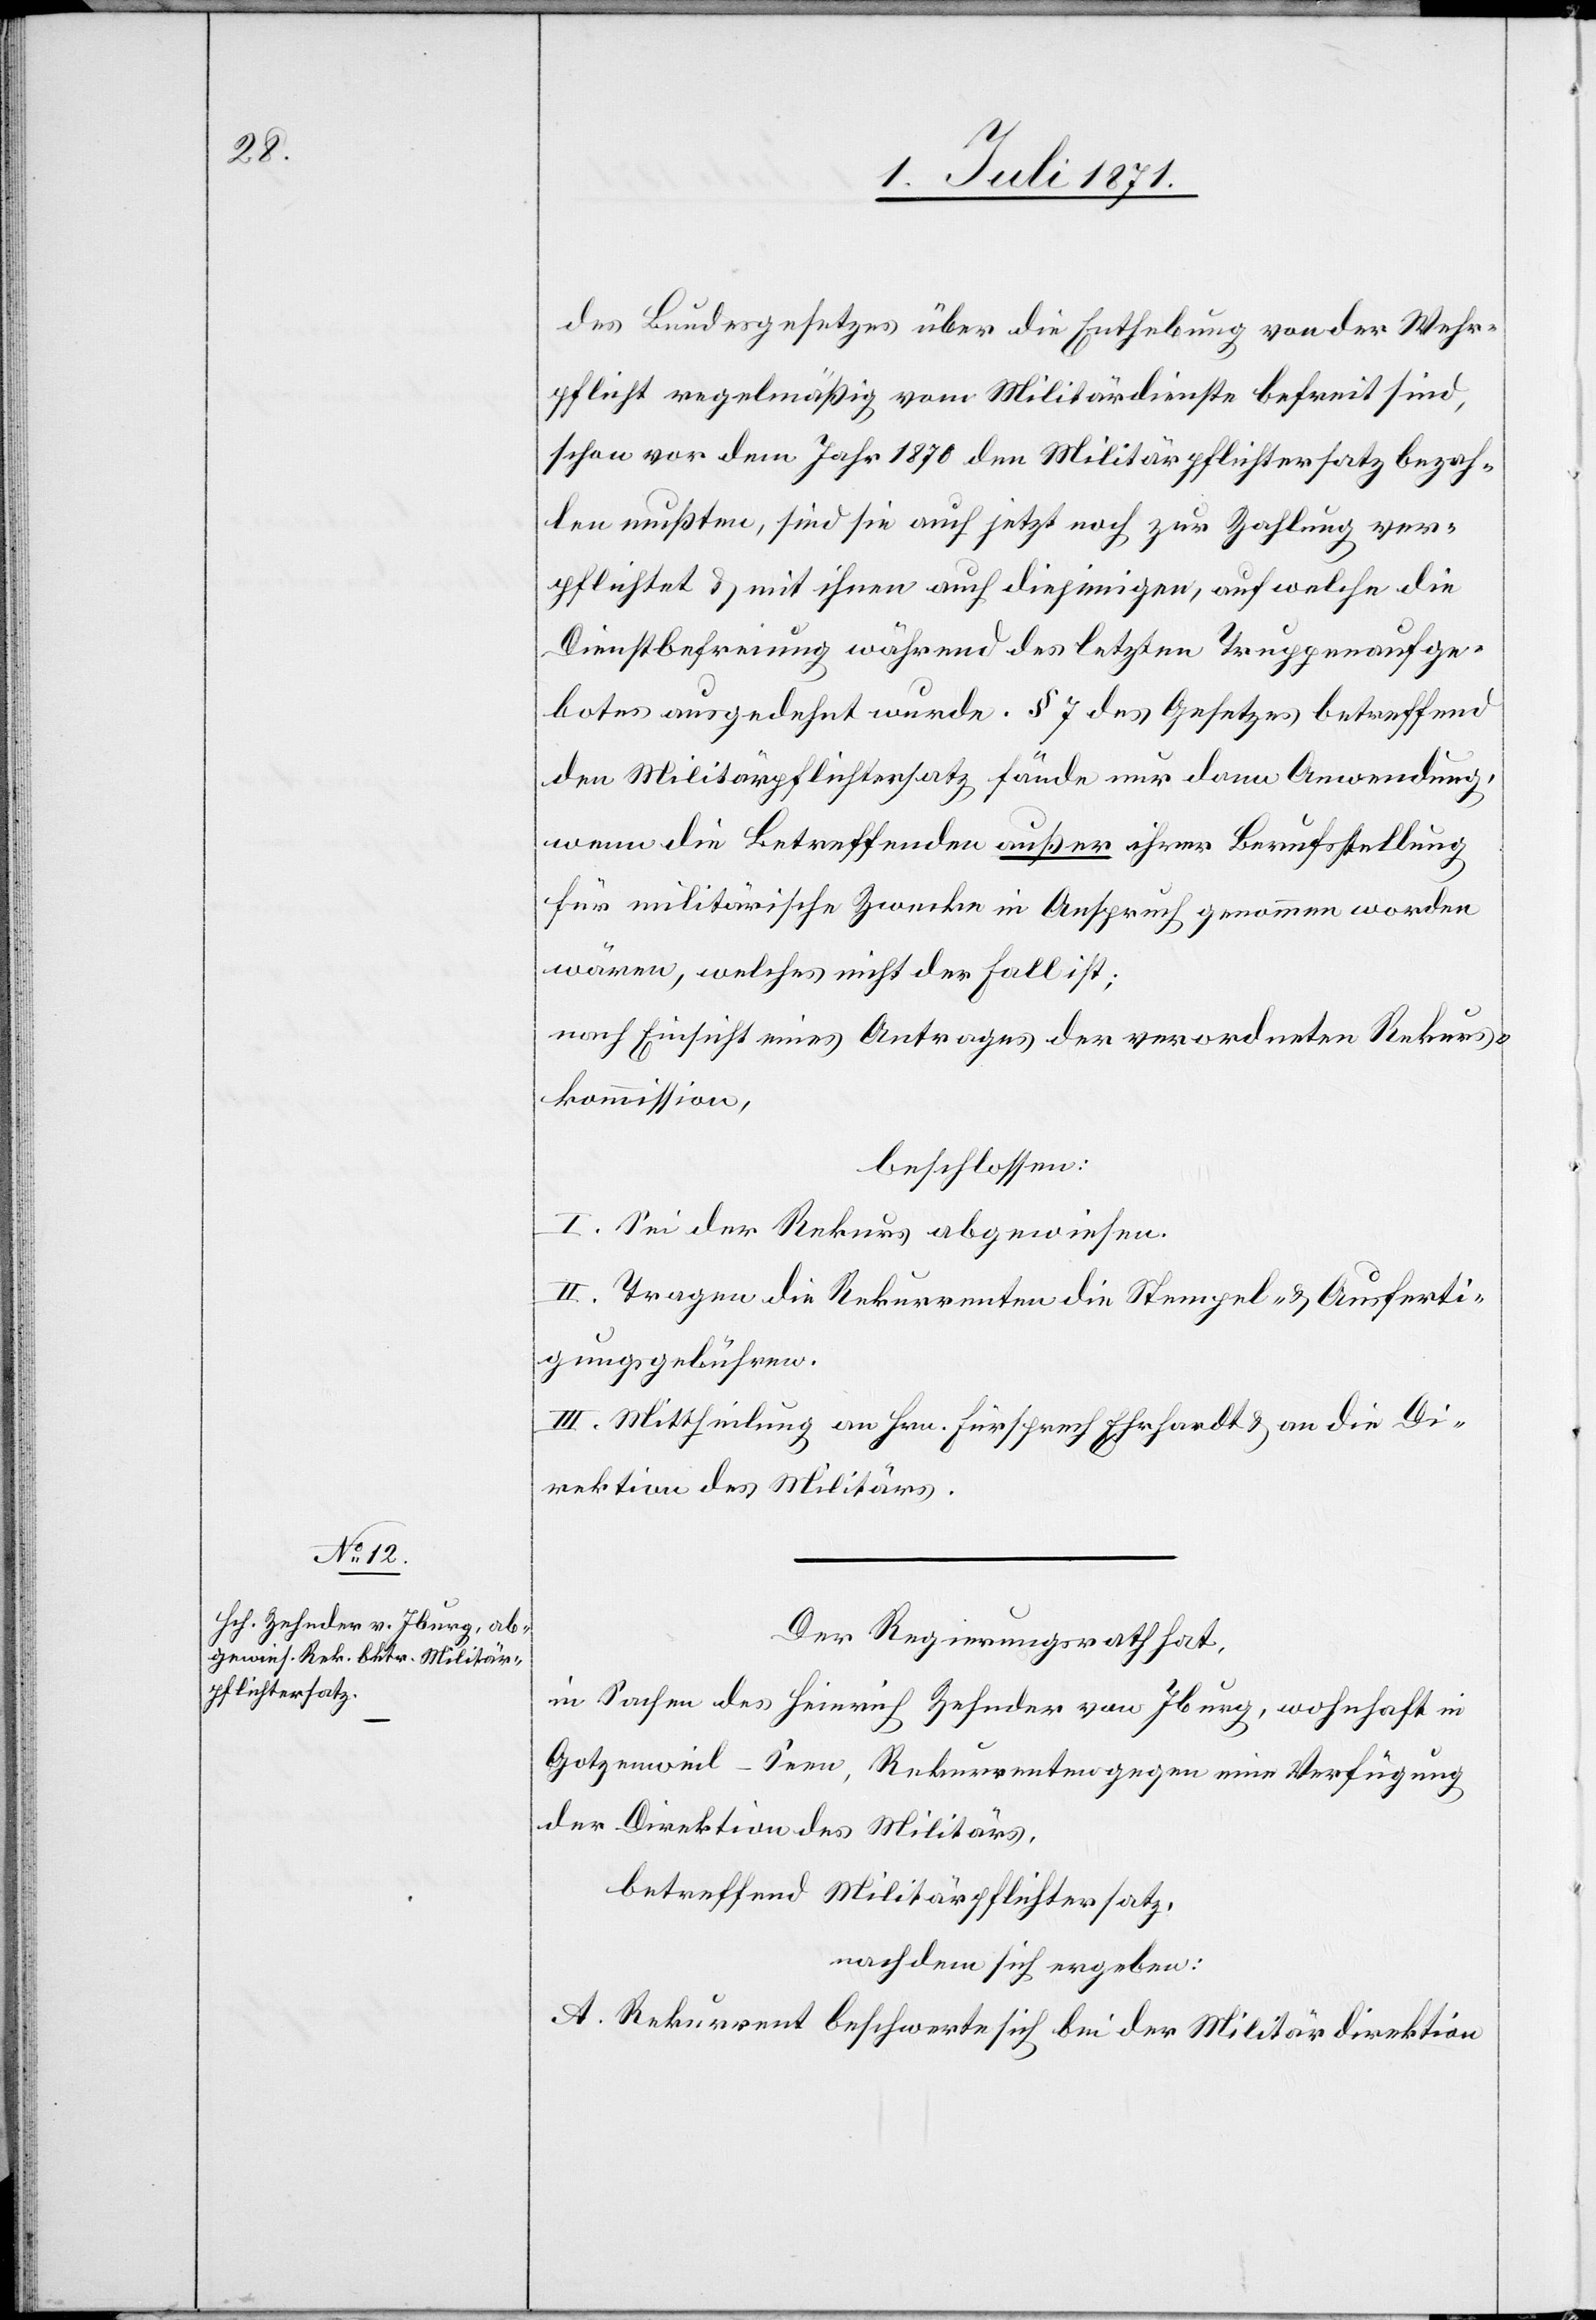
Der Regierungsrath hat,
in Sachen des Heinrich Zehnder von Iburg, wohnhaft in
Gotzenweil-Seen, Rekurrenten gegen eine Verfügung
der Direktion des Militärs,
betreffend Militärpflichtersatz,
nachdem sich ergeben:
A. Rekurrent beschwerte sich bei der Militärdirektion